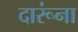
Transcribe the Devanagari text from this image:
दारूंना